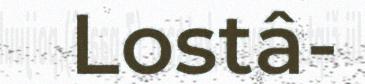
Lostâ-